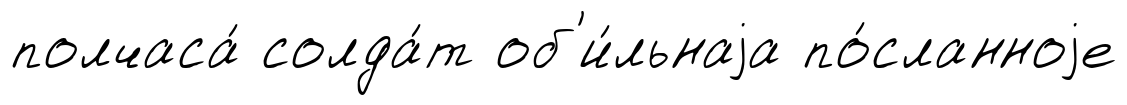
полчаса́ солда́т об'и́льнаjа по́сланноjе